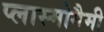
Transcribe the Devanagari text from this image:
प्लास्मोगैमी